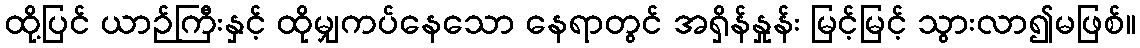
ထို့ပြင် ယာဉ်ကြီးနှင့် ထိုမျှကပ်နေသော နေရာတွင် အရှိန်နှုန်း မြင့်မြင့် သွားလာ၍မဖြစ်။